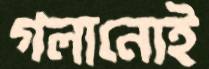
গলানোই